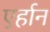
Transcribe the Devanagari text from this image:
एर्हान